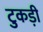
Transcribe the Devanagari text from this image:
टुकड़ी